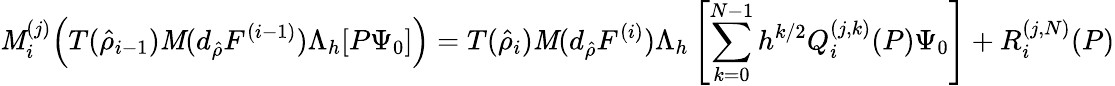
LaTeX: \mathit{M}_{i}^{(j)}\Big(T(\hat{{\rho}}_{i-1})\mathcal{{\mathit{M}}}(d_{\hat{{\rho}}}F^{(i-1)})\Lambda_{h}[P\Psi_{0}]\Big)=T(\hat{{\rho}}_{i})\mathcal{{\mathit{M}}}(d_{\hat{{\rho}}}F^{(i)})\Lambda_{h}\left[\sum_{k=0}^{N-1}h^{k/2}Q_{i}^{(j,k)}(P)\Psi_{0}\right]+R_{i}^{(j,N)}(P)